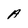
Character: A